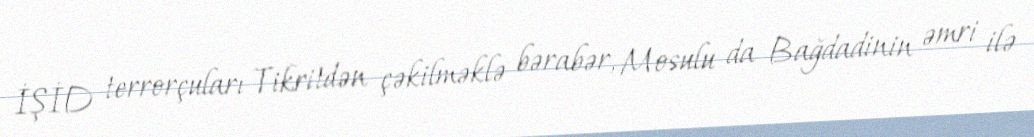
İŞİD terrorçuları Tikritdən çəkilməklə bərabər, Mosulu da Bağdadinin əmri ilə